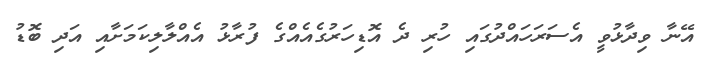
އޭނާ ވިދާޅުވީ އެސަރަހައްދުގައި ހުރި ދެ އޮޑިހަރުގެއެއްގެ ފުރާޅު އެއްލާލިކަމަށާއި އަދި ބޮޑު